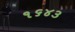
૧૬૪૩